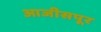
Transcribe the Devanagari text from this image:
आजीसपूर